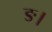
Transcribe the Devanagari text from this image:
ङ।